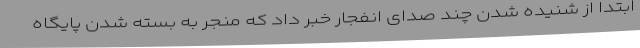
ابتدا از شنیده شدن چند صدای انفجار خبر داد که منجر به بسته شدن پایگاه